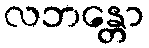
လဘန္တော